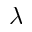
\lambda